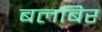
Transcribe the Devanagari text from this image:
बलबिर